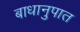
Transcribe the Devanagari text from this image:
बाधानुपात